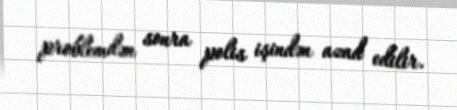
problemdən sonra polis işindən azad edilir.